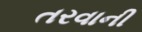
તરવાની